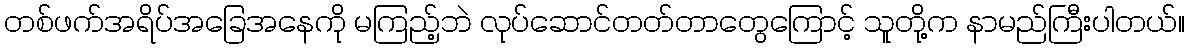
တစ်ဖက်အရိပ်အခြေအနေကို မကြည့်ဘဲ လုပ်ဆောင်တတ်တာတွေကြောင့် သူတို့က နာမည်ကြီးပါတယ်။